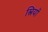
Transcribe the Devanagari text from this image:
स्त्रियों